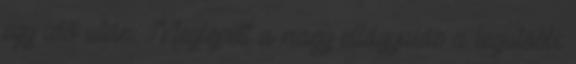
egy idő után. Meglepett a nagy ellágyulás a legutóbbi